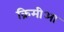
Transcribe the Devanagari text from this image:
क्रिमीआ